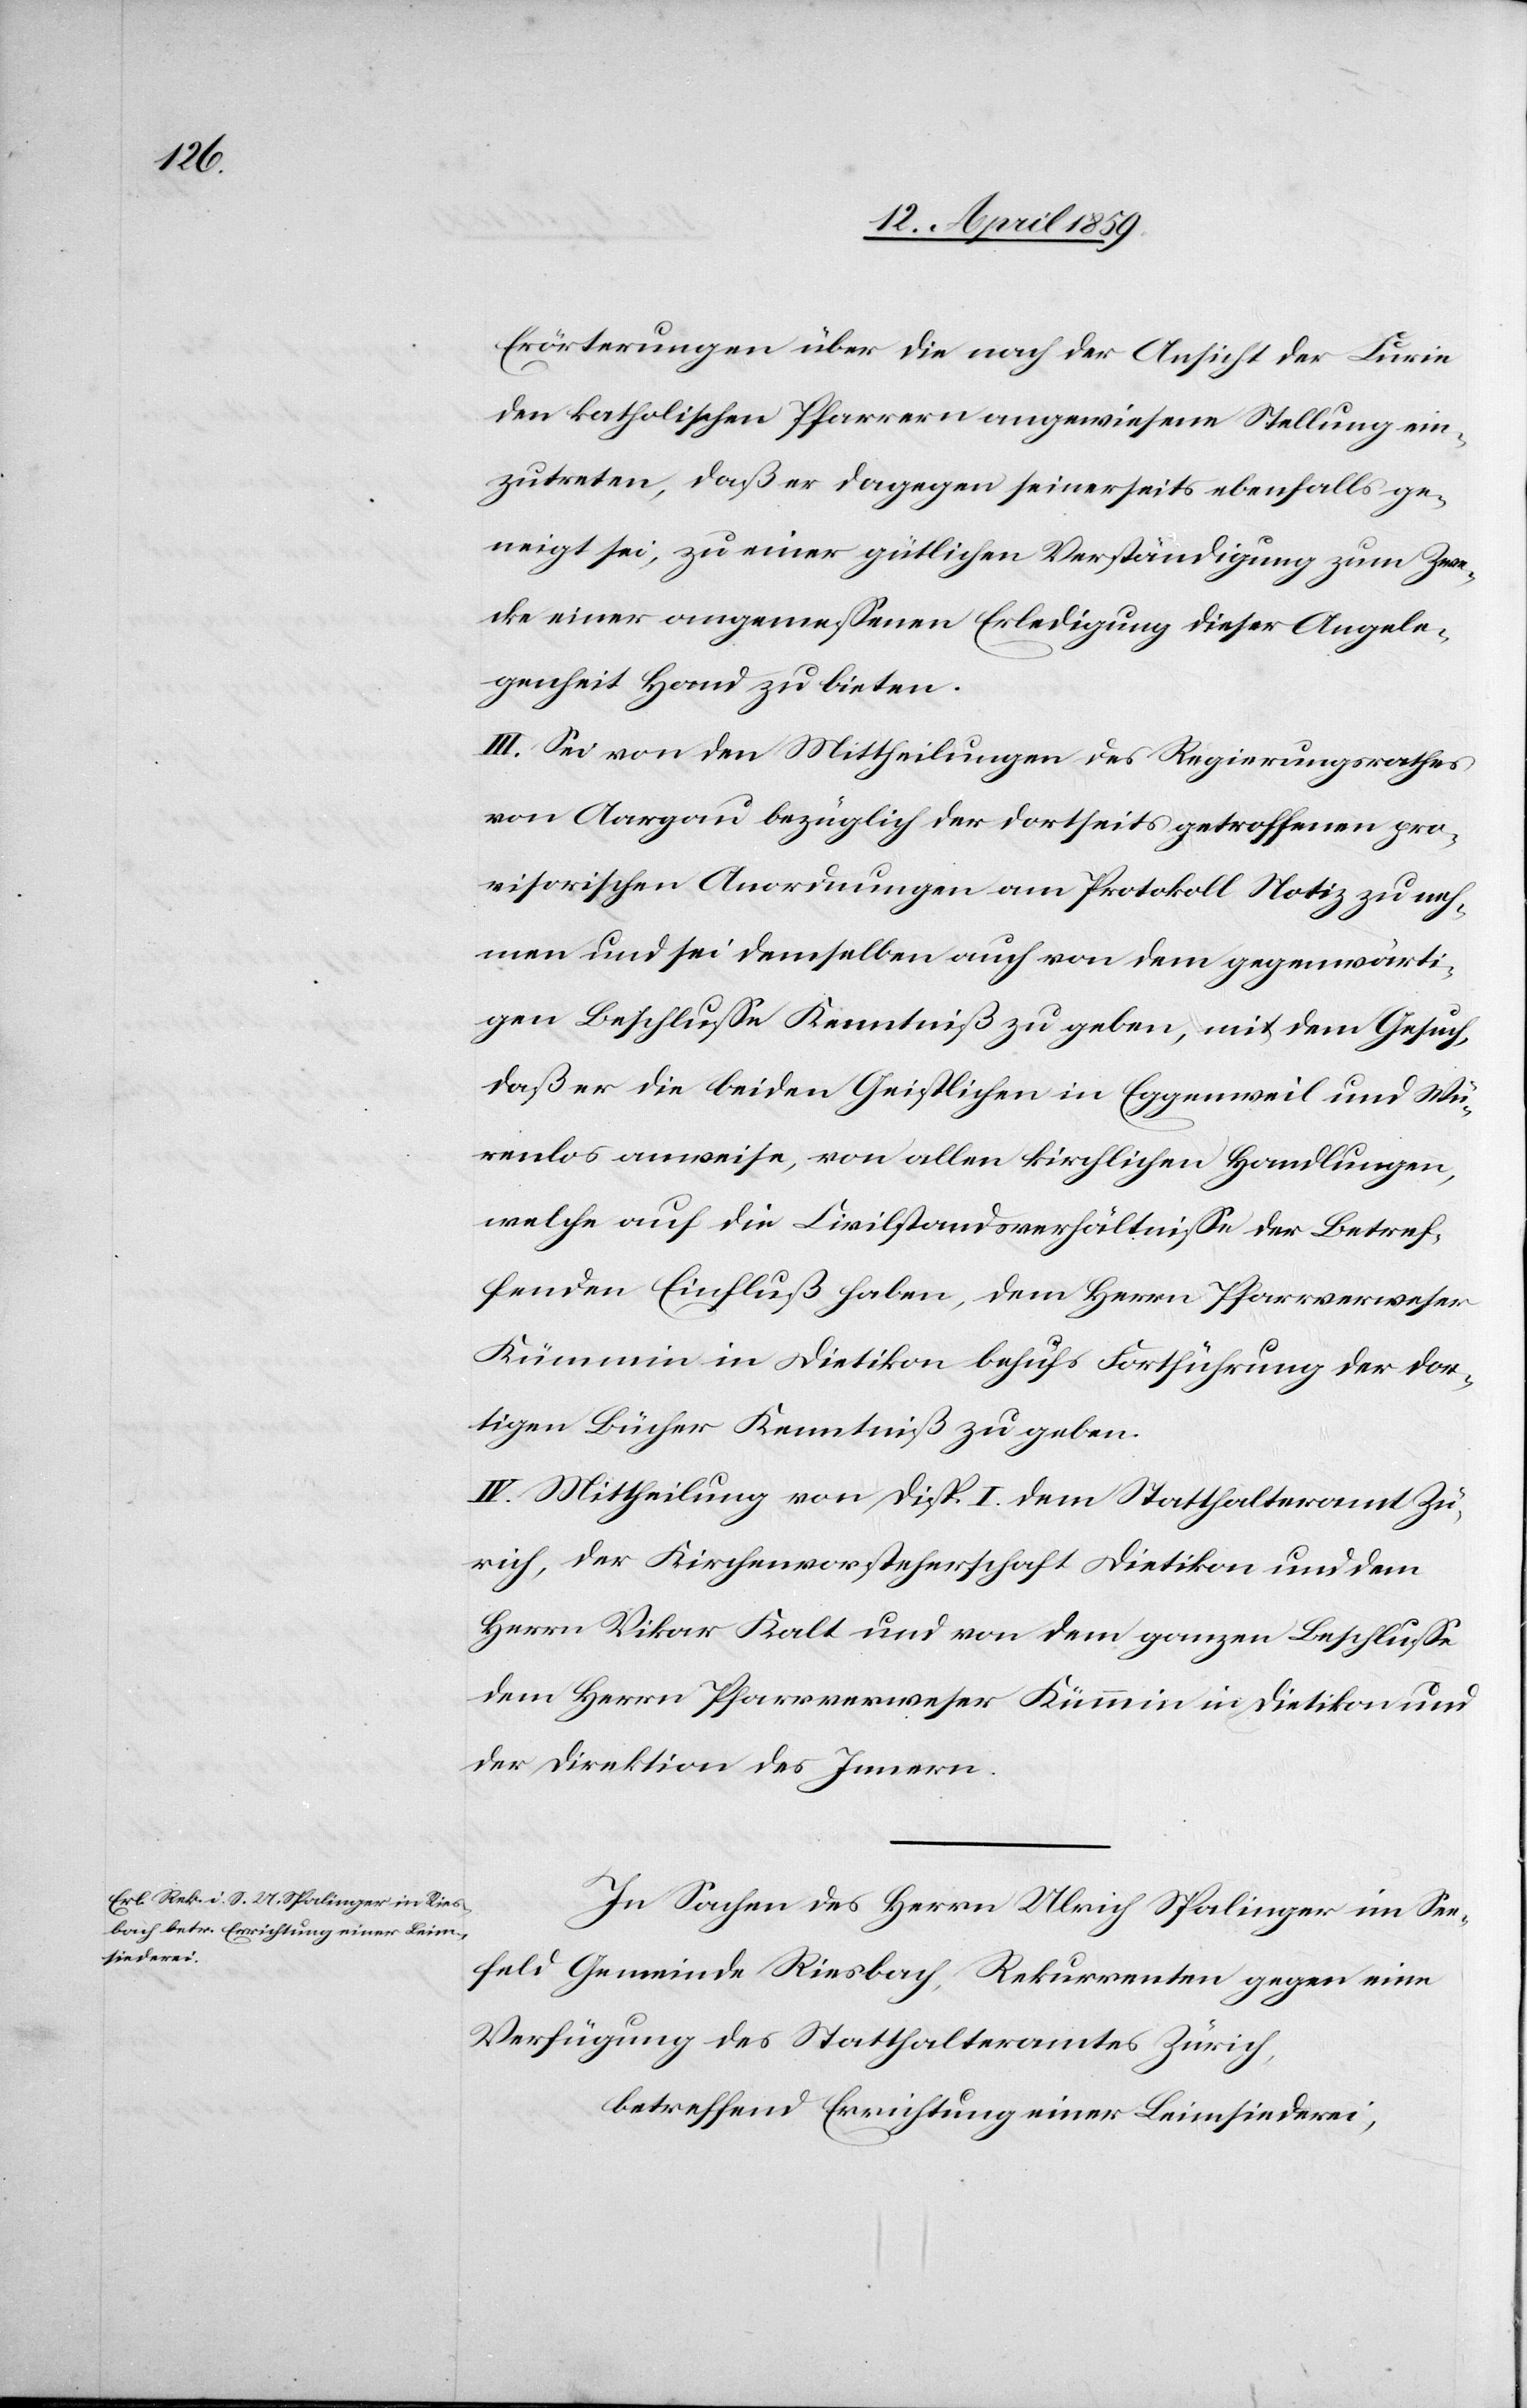
Erörterungen über die nach der Ansicht der Curie
den katholischen Pfarrern angewiesene Stellung ein¬
zutreten, daß er dagegen seinerseits ebenfalls ge¬
neigt sei, zu einer gütlichen Verständigung zum Zwe¬
cke einer angemeßenen Erledigung dieser Angele¬
genheit Hand zu bieten.
III. Sei von den Mittheilungen des Regierungsrathes
von Aargau bezüglich der dortseits getroffenen pro¬
visorischen Anordnungen am Protokoll Notiz zu neh¬
men und sei demselben auch von dem gegenwärti¬
gen Beschluße Kenntniß zu geben, mit dem Gesuch,
daß er die beiden Geistlichen in Eggenweil und Wü¬
renlos anweise, von allen kirchlichen Handlungen,
welche auf die Civilstandsverhältniße der Betref¬
fenden Einfluß haben, dem Herrn Pfarrverweser
Kümmin in Dietikon behufs Fortführung der dor¬
tigen Bücher Kenntniß zu geben.
IV. Mittheilung von Disp. I. dem Statthalteramt Zü¬
rich, der Kirchenvorsteherschaft Dietikon und dem
Herrn Vikar Kalt und von dem ganzen Beschluße
dem Herrn Pfarrverweser Kümmin in Dietikon und
der Direktion des Innern.
In Sachen des Herrn Ulrich Spalinger im See¬
feld Gemeinde Riesbach, Rekurrenten gegen eine
Verfügung des Statthalteramtes Zürich,
betreffend Errichtung einer Leimsiederei,